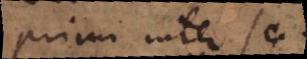
primi inter se